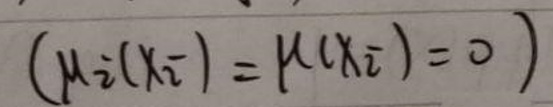
$( \mu _ { 2 } ( X _ { 2 } ) = k ( X _ { 2 } ) = 0 )$